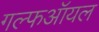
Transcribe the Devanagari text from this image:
गल्फऑयल